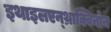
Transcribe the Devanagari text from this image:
इथाइलएन्थ्राक्विनोन